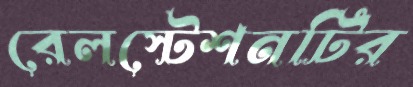
রেলস্টেশনটির